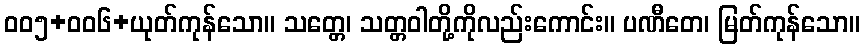
ဝဝ၅+ဝဝ၆+ယုတ်ကုန်သော။ သတ္တေ၊ သတ္တဝါတို့ကိုလည်းကောင်း။ ပဏီတေ၊ မြတ်ကုန်သော။